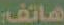
هاتف